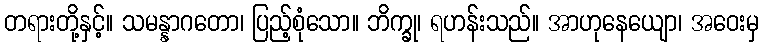
တရားတို့နှင့်။ သမန္နာဂတော၊ ပြည့်စုံသော။ ဘိက္ခု၊ ရဟန်းသည်။ အာဟုနေယျော၊ အဝေးမှ